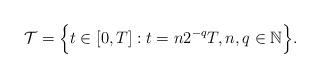
LaTeX: \begin{align*}\mathcal T = \Big\{ t \in [0,T]: t = n2^{-q}T, n,q \in \mathbb N\Big\} .\end{align*}